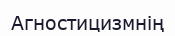
Агностицизмнің